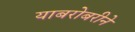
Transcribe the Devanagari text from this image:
याबरोबरीने